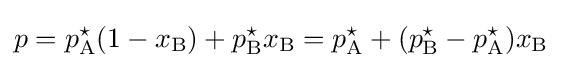
p=p_{\text{A}}^{\star }(1-x_{\text{B}})+p_{\text{B}}^{\star }x_{\text{B}}=p_{\text{A}}^{\star }+(p_{\text{B}}^{\star }-p_{\text{A}}^{\star })x_{\text{B}}